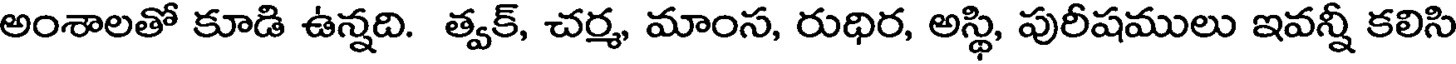
అంశాలతో కూడి ఉన్నది. త్వక్, చర్మ, మాంస, రుధిర, అస్థి, పురీషములు ఇవన్నీ కలిసి